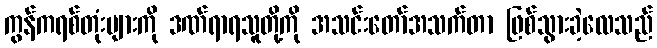
ကွန်ကရစ်တုံးများကို ဒဏ်ရာရသူတို့ကို အသင်းတော်အသက်တာ ဖြစ်သွားခဲ့လေသည်